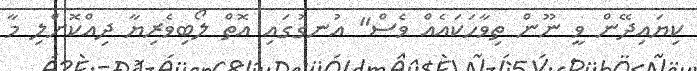
ކިޔައިދޭން ވީ ނޫން ތިވާހަކައެއް ވެސް" އުނގުގައި އޮތް ލޯބިވެރިޔާ ދިއްކޮށްލި މާ